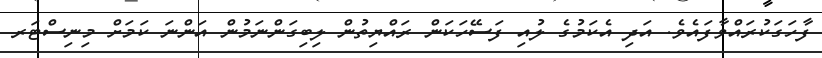
ފާހަގަކުރައްވާފައެވެ. އަދި އެކަމުގެ ލުއި ފަސޭހަކަން ރައްޔިތުން ލިބިގަންނަމުން އަންނަ ކަމަށް މިނިސްޓަރ